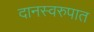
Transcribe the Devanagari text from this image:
दानस्वरुपात